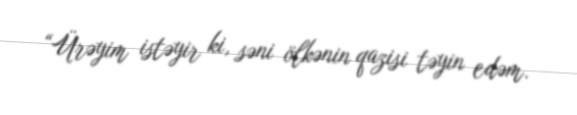
“Ürəyim istəyir ki, səni ölkənin qazisi təyin edəm.